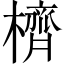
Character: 櫅